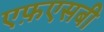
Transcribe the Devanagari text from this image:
एफ़एसबी